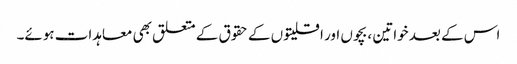
اس کے بعد خواتین ، بچوں اور اقلیتوں کے حقوق کے متعلق بھی معاہدات ہوئے۔